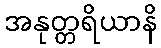
အနုတ္တရိယာနိ